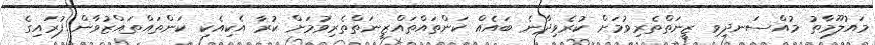
މައުލޫމާތު މުއްސަނދިވި ޒީނަތްތެރިވުމަށް ކުރެވިދާނެ ބައެއް ކަންތައްތައްޒީނަތްތެރިވުމަށް ކުރާ އެކިއެކި ކަންތައްތައްޒުވާން ފުރައިގެ